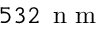
5 3 2 \, \textrm { n m }